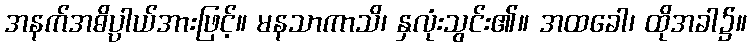
အနက်အဓိပ္ပါယ်အားဖြင့်။ မနသာကာသိ၊ နှလုံးသွင်း၏။ အထခေါ၊ ထိုအခါ၌။